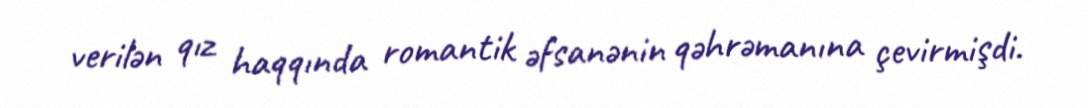
verilən qız haqqında romantik əfsanənin qəhrəmanına çevirmişdi.